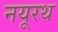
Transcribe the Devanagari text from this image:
नयूरथ